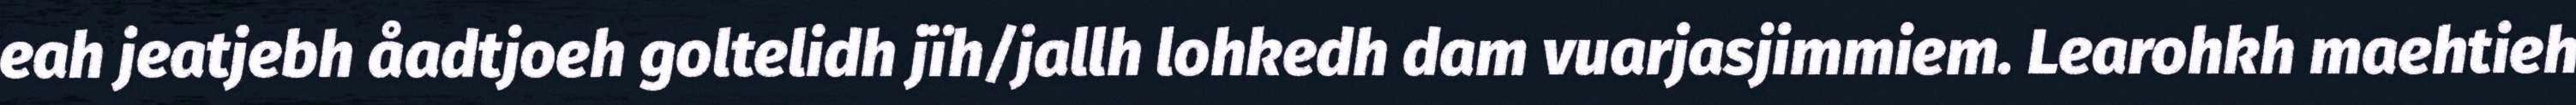
eah jeatjebh åadtjoeh goltelidh jïh/jallh lohkedh dam vuarjasjimmiem. Learohkh maehtieh